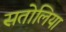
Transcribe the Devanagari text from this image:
सतोलिया